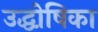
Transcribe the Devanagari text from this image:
उद्धोषिका